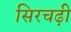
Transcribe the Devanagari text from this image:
सिरचढ़ी